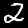
Label: 2